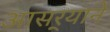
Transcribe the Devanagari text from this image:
आसर्‍याने